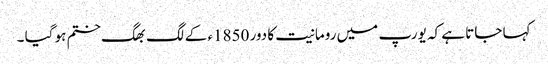
کہا جاتا ہے کہ یورپ میں رومانیت کا دور 1850ء کے لگ بھگ ختم ہو گیا ۔